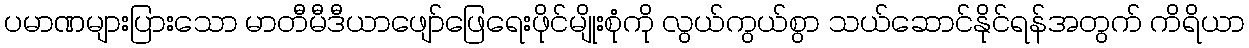
ပမာဏများပြားသော မာတီမီဒီယာဖျော်ဖြေရေးဖိုင်မျိုးစုံကို လွယ်ကွယ်စွာ သယ်ဆောင်နိုင်ရန်အတွက် ကိရိယာ